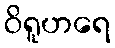
ဝိရူဟရေ